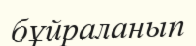
бұйраланып